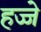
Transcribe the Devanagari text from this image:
हज्जे